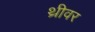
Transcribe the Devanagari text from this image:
थ्रीवर